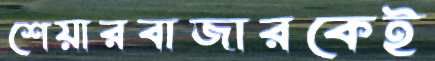
শেয়ারবাজারকেই